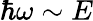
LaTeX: \hbar\omega\sim E